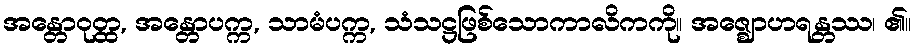
အန္တောဝုတ္ထ, အန္တောပက္က, သာမံပက္က, သံသဋ္ဌဖြစ်သောကာလိကကို။ အဇ္ဈောဟရန္တဿ၊ ၏။